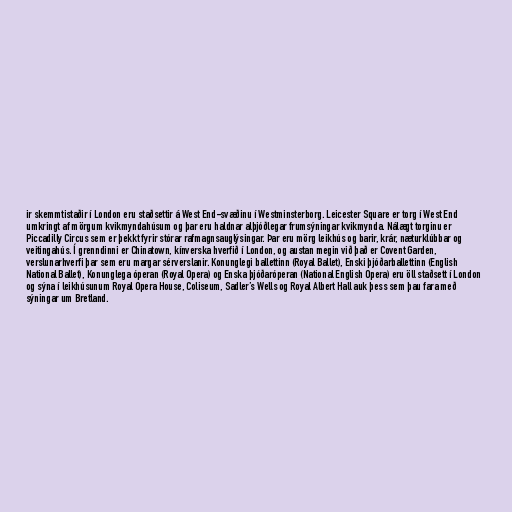
ir skemmtistaðir í London eru staðsettir á West End-svæðinu í Westminsterborg. Leicester Square er torg í West End
umkringt af mörgum kvikmyndahúsum og þar eru haldnar alþjóðlegar frumsýningar kvikmynda. Nálægt torginu er
Piccadilly Circus sem er þekkt fyrir stórar rafmagnsauglýsingar. Þar eru mörg leikhús og barir, krár, næturklúbbar og
veitingahús. Í grenndinni er Chinatown, kínverska hverfið í London, og austan megin við það er Covent Garden,
verslunarhverfi þar sem eru margar sérverslanir. Konunglegi ballettinn (Royal Ballet), Enski þjóðarballettinn (English
National Ballet), Konunglega óperan (Royal Opera) og Enska þjóðaróperan (National English Opera) eru öll staðsett í London
og sýna í leikhúsunum Royal Opera House, Coliseum, Sadler’s Wells og Royal Albert Hall auk þess sem þau fara með
sýningar um Bretland.